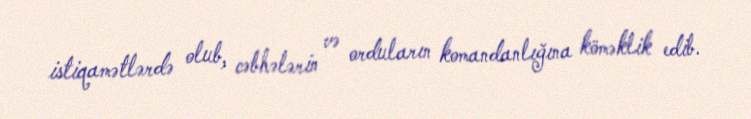
istiqamətlərdə olub, cəbhələrin və orduların komandanlığına köməklik edib.